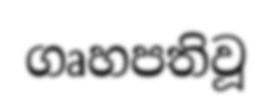
ගෘහපතිවූ